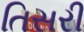
તિસરી